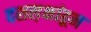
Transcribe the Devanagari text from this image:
दशल़क्षांहून